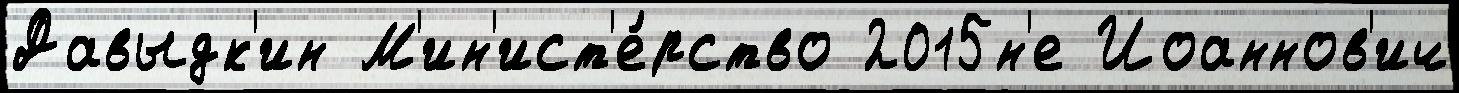
Давыдк'ин М'ин'ист'е́рство 2015н'е Иоаннов'ич